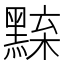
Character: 𪑘